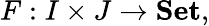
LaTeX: F:I\times J\to\mathbf{Set},